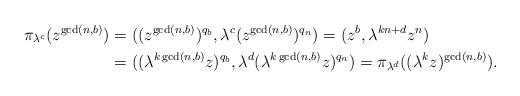
LaTeX: \begin{align*}\pi_{\lambda^c} (z^{\gcd(n,b)}) &= ((z^{\gcd(n,b)})^{q_b}, \lambda^c (z^{\gcd(n,b)})^{q_n}) = (z^b, \lambda^{kn + d} z^n)\\&= ((\lambda^{k\gcd(n,b)}z)^{q_b}, \lambda^d (\lambda^{k\gcd(n,b)} z)^{q_n})= \pi_{\lambda^d}((\lambda^k z)^{\gcd(n,b)}).\end{align*}